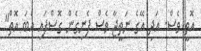
އޮތީ ވެސް. އަދި އޭގެ ނަތީޖާ ވެސް ފެނިގެން ގޮސްފައި އެބަ އޮތް"